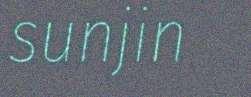
sunjin